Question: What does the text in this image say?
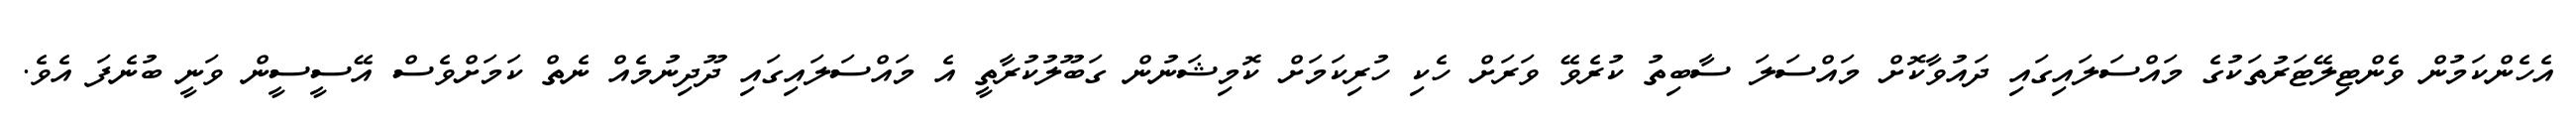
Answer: އެހެންކަމުން ވެންޓިލޭޓަރުތަކުގެ މައްސަލައިގައި ދައުވާކޮށް މައްސަލަ ސާބިތު ކުރެވޭ ވަރަށް ހެކި ހުރިކަމަށް ކޮމިޝަނުން ގަބޫލުކުރާތީ އެ މައްސަލައިގައި ދޫދިނުމެއް ނެތް ކަމަށްވެސް އޭސީސީން ވަނީ ބުނެފަ އެވެ.